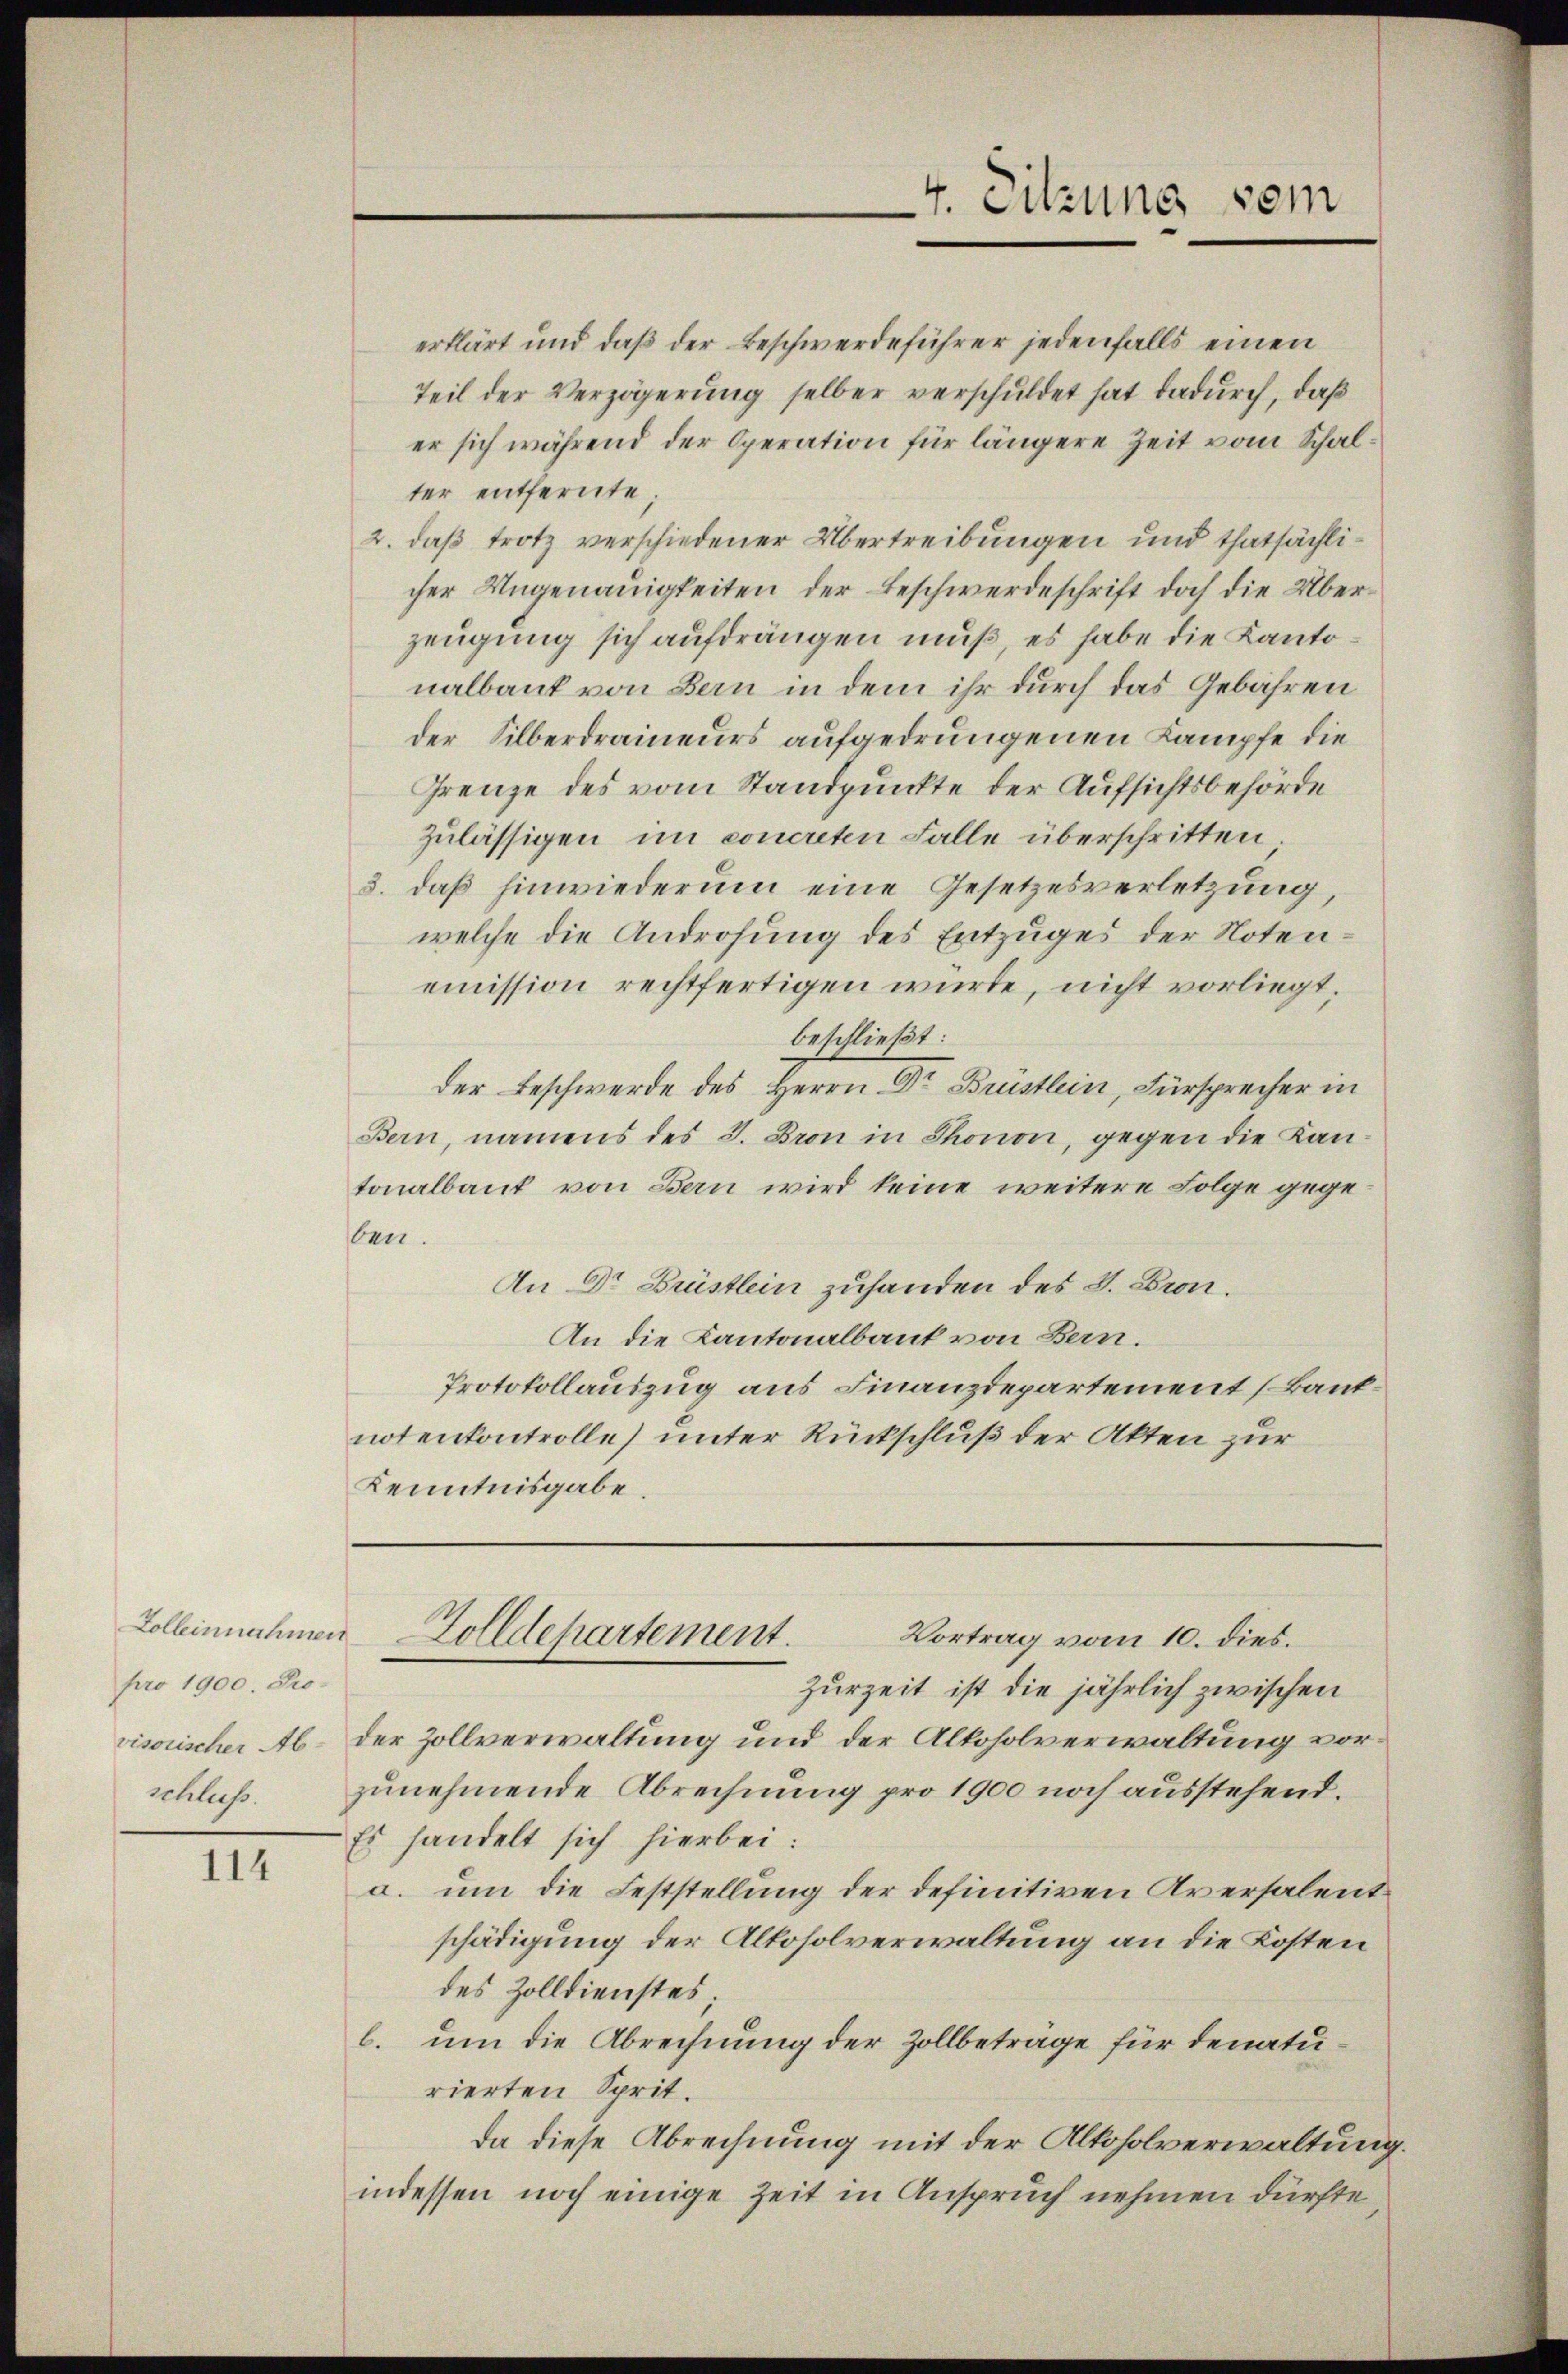
Zolleinnahmen
pro 1900. Provisorischer Ab-
schluss.

114

erklärt und daß der Beschwerdeführer jedenfalls einen
Teil der Verzögerung selber verschuldet hat dadurch, daß
er sich während der Operation für längere Zeit vom Schalter entfernte;
2. daß trotz verschiedener Übertreibungen und thatsächlicher Ungenauigkeiten der Beschwerdeschrift doch die Überzeugung sich aufdrängen muß, es habe die Kantonalbank von Bern in dem ihr durch das Gebähren
der Silberdraineurs aufgedrungenen Kampfe die
Grenze des vom Standpunkte der Aufsichtsbehörde
zulässigen in concreten Falle überschritten.
3. daß hinwiederum eine Gesetzesverletzung,
welche die Androhung des Entzuges der Noten-
emission rechtfertigen würde, nicht vorliegt,
beschließt:
der Beschwerde des Herrn Dr Brustlein, Fürsprecher in
Bern, namens des J. Bron in Thonon, gegen die Kan-
tonalbaut von Bern wird keine weitere Folge gegeben.
An Dr Brüstlein zuhanden des L. Bron.
An die Kantonalbank von Bern.
Protokollauszug aus Finanzdepartement (Banknotenkontrolle) unter Rückschluß der Akten zur
Kenntnisgabe.

Vortrag vom 10. dies.
Zurzeit ist die jährlich zwischen
der Zollverwaltung und der Alkoholverwaltung vorzunehmende Abrechnung pro 1900 noch ausstehend.
Es handelt sich hierbei:
c. um die Feststellung der definitiven Aversalentschädigung der Altosolverwaltung an die Kosten
des Zolldienstes;
b. um die Abrechnung der Zollbeträge für denaturierten Sprit.
da diese Abrechnung mit der Altoholverwaltung.
indessen noch einige Zeit in Anspruch nehmen dürfte

Zolldepartement.

4. Sitzung sein